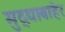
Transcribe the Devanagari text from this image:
मुद्द्याबाहेर